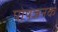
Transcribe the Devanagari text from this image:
पोषजनक